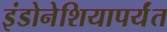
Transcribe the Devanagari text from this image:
इंडोनेशियापर्यंत